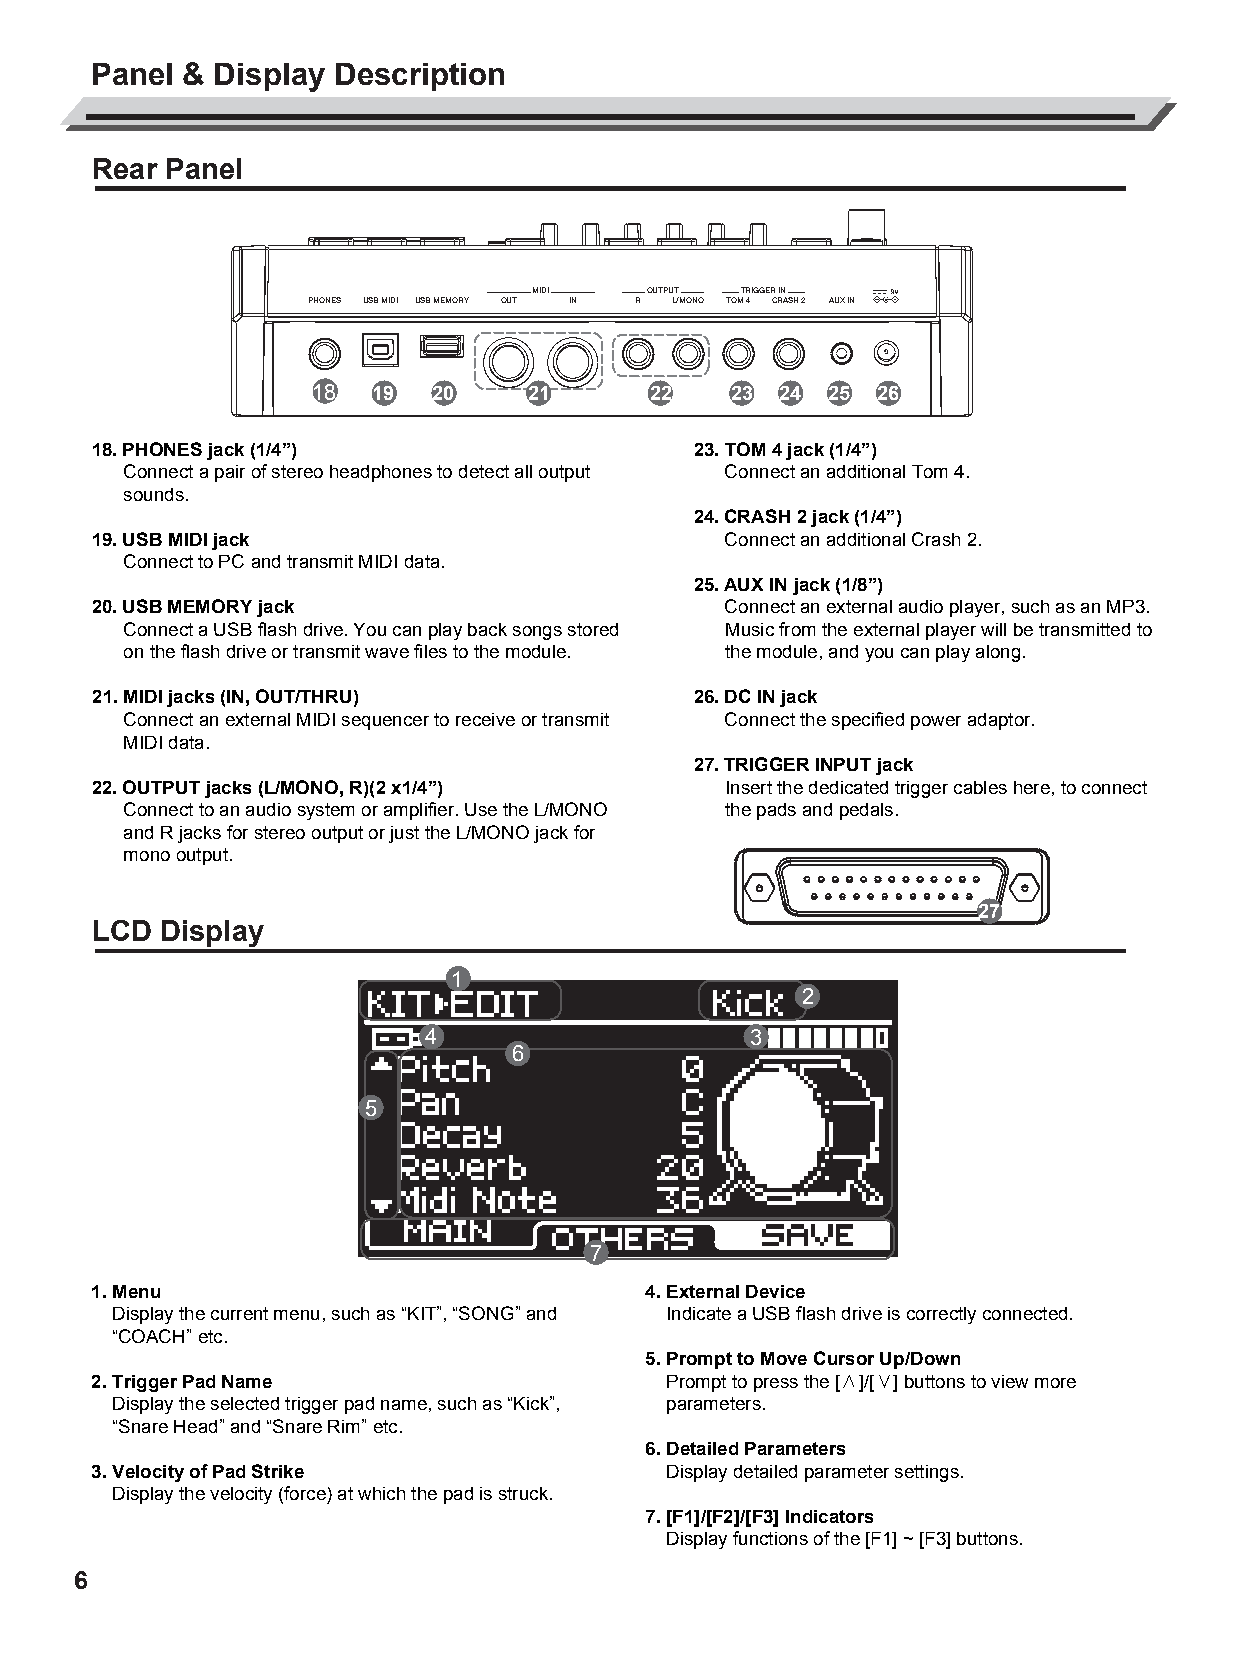
AW_DD638DX_manual_G02_180621.pdf 6 18-6-21 13:16
 Panel & Display Description
 Rear Panel
 MIDI   OUTPUT TRIGGER IN
 PHONES USB MIDI USB MEMORY OUT IN R L/MONO TOM 4 CRASH 2 AUX IN
 18  19  20    21       22   23 24 25  26
 18. PHONES jack (1/4”)                 23. TOM 4 jack (1/4”)
 Connect a pair of stereo headphones to detect all output Connect an additional Tom 4.
 sounds.
 24. CRASH 2 jack (1/4”)
 19. USB MIDI jack                        Connect an additional Crash 2.
 Connect to PC and transmit MIDI data.
 25. AUX IN jack (1/8”)
 20. USB MEMORY jack                      Connect an external audio player, such as an MP3.
 Connect a USB flash drive. You can play back songs stored Music from the external player will be transmitted to
 on the flash drive or transmit wave files to the module. the module, and you can play along.
 21. MIDI jacks (IN, OUT/THRU)          26. DC IN jack
 C          Connect an external MIDI sequencer to receive or transmit Connect the specified power adaptor.
 MIDI data.
 M
 27. TRIGGER INPUT jack
 Y        22. OUTPUT jacks (L/MONO, R)(2 x1/4”)    Insert the dedicated trigger cables here, to connect
 CM         Connect to an audio system or amplifier. Use the L/MONO the pads and pedals.
 and R jacks for stereo output or just the L/MONO jack for
 MY
 mono output.
 CY
 CMY                                                                 27
 LCD Display
 K
 1
 2
 4                    3
 6
 5
 7
 1. Menu                             4. External Device
 Display the current menu, such as “KIT”, “SONG” and Indicate a USB flash drive is correctly connected.
 “COACH” etc.
 5. Prompt to Move Cursor Up/Down
 2. Trigger Pad Name                   Prompt to press the [∧]/[∨] buttons to view more
 Display the selected trigger pad name, such as “Kick”, parameters.
 “Snare Head” and “Snare Rim” etc.
 6. Detailed Parameters
 3. Velocity of Pad Strike             Display detailed parameter settings.
 Display the velocity (force) at which the pad is struck.
 7. [F1]/[F2]/[F3] Indicators
 Display functions of the [F1] ~ [F3] buttons.
 6